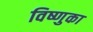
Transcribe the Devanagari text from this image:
विष्णुका